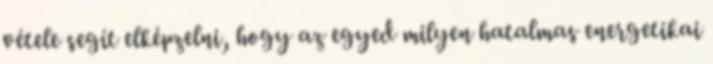
vétele segít elképzelni, hogy az egyed milyen hatalmas energetikai